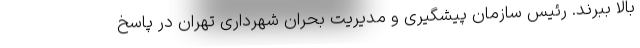
بالا ببرند. رئیس سازمان پیشگیری و مدیریت بحران شهرداری تهران در پاسخ